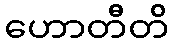
ဟောတီတိ